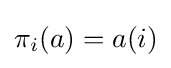
\pi _{i}(a)=a(i)